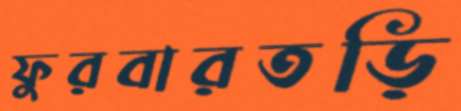
ফুরবারতড়ি